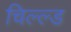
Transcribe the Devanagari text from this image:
चिल्ल्ड